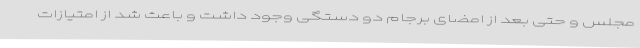
مجلس و حتی بعد از امضای برجام دو دستگی وجود داشت و باعث شد از امتیازات